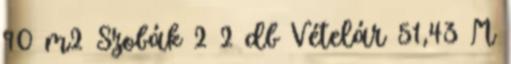
90 m2 Szobák 2 2 db Vételár 51,43 M